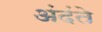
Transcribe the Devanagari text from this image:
अंदंते